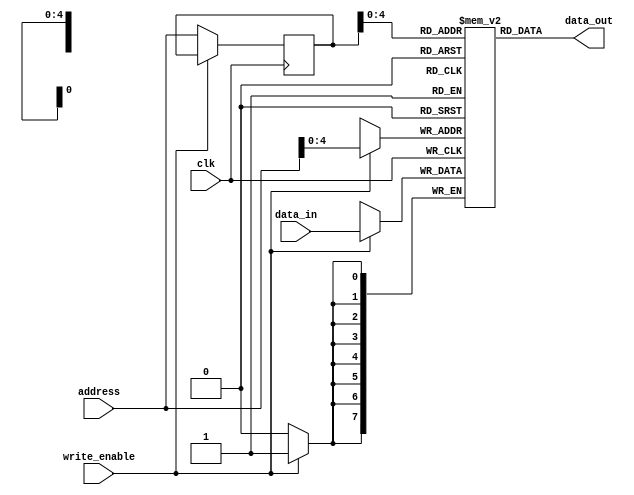
`timescale 1ns / 1ps
module RAM(data_in , address,write_enable,clk,data_out);
input [7:0]data_in;
input [5:0] address;
input write_enable;
input clk;
output [7:0]data_out;

reg [7:0] ram_memory[31:0]; 
reg [5:0] address_register;

always @(posedge clk)
begin
if (write_enable)  
  ram_memory[address] <= data_in;
else 
  address_register <= address;
end

assign data_out = ram_memory[address_register];

endmodule